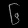
Digit: ၆